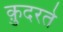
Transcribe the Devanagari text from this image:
कु़दरते